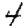
Digit: 4